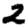
Digit: 2